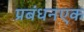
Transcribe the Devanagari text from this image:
प्रबंधनएक